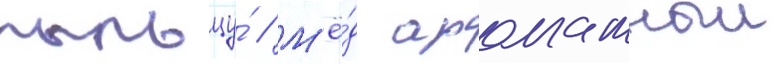
пыльцу́ // М'ё́д ароматныи